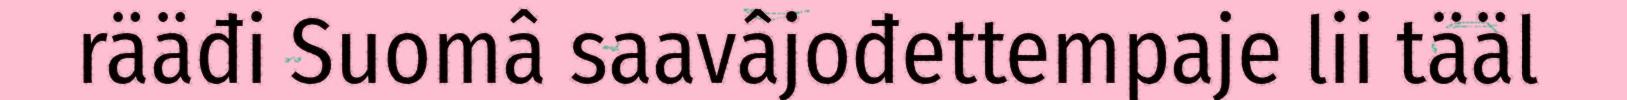
rääđi Suomâ saavâjođettempaje lii tääl